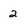
Character: 2